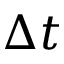
\Delta t